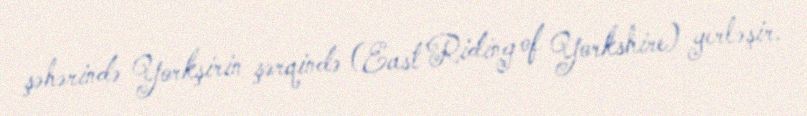
şəhərində Yorkşirin şərqində (East Riding of Yorkshire) yerləşir.